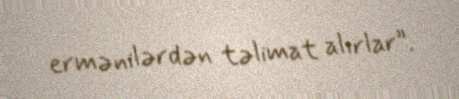
ermənilərdən təlimat alırlar”.